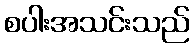
စပါးအသင်းသည်